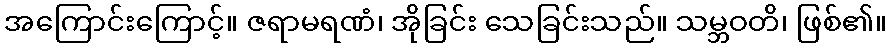
အကြောင်းကြောင့်။ ဇရာမရဏံ၊ အိုခြင်း သေခြင်းသည်။ သမ္ဘဝတိ၊ ဖြစ်၏။